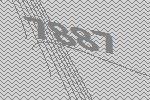
7887